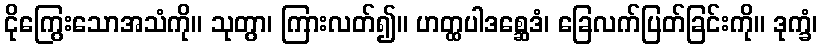
ငိုကြွေးသောအသံကို။ သုတွာ၊ ကြားလတ်၍။ ဟတ္ထပါဒစ္ဆေဒံ၊ ခြေလက်ပြတ်ခြင်းကို။ ဒုက္ခံ၊